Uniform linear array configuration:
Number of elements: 64
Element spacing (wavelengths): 0.5
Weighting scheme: kaiser
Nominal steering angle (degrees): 0
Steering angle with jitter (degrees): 1.634
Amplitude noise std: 0.05
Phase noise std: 0.05

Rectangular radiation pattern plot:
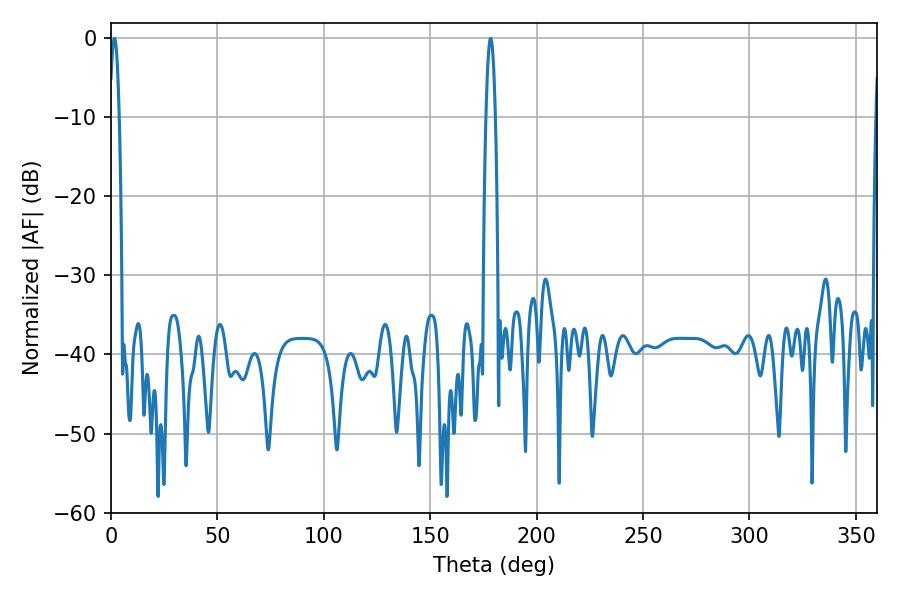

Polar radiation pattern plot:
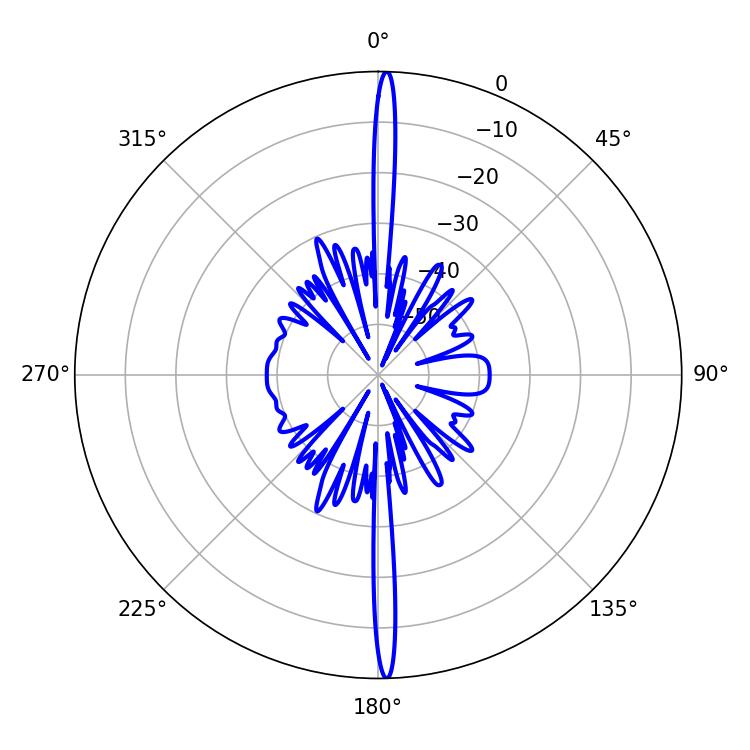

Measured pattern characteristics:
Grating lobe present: FALSE
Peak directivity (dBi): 29.027
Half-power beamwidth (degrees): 2.52
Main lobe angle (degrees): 1.62